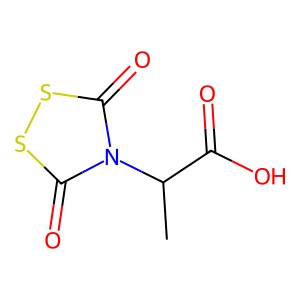
SMILES: CC(C(=O)O)n1c(=O)ssc1=O
Inhibits HIV replication: Yes